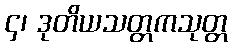
၄၊ ဒုတိယသတ္တကသုတ္တ